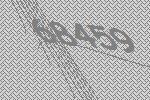
68459